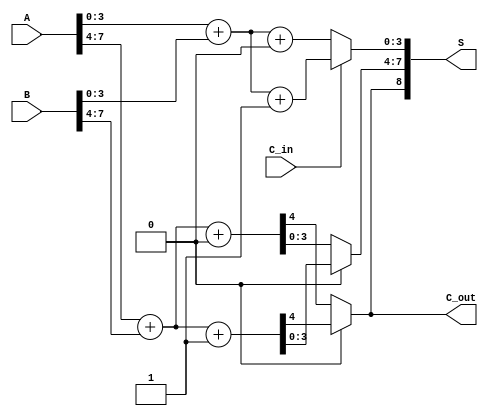
module carry_select_adder #(
    parameter N = 8  // Total bit width (should be a multiple of 4)
)(
    input  [N-1:0] A,      // First operand
    input  [N-1:0] B,      // Second operand
    input  C_in,           // Carry input
    output [N:0] S,        // Sum output (N+1 bits)
    output C_out           // Carry output
);

    localparam K = 4;      // Size of each segment (4 bits)
    localparam M = N / K;  // Number of segments

    wire [K-1:0] S0 [0:M-1]; // Sums for C_in = 0
    wire [K-1:0] S1 [0:M-1]; // Sums for C_in = 1
    wire C0 [0:M-1];         // Carry outputs for C_in = 0
    wire C1 [0:M-1];         // Carry outputs for C_in = 1
    wire C_prev [0:M-1];     // Carry from previous segment

    // Generate sum and carry for each segment
    genvar i;
    generate
        for (i = 0; i < M; i = i + 1) begin : CSA_segment
            wire [K-1:0] A_seg = A[(i*K) +: K];
            wire [K-1:0] B_seg = B[(i*K) +: K];
            wire carry_in = (i == 0) ? C_in : C_prev[i-1];

            // Compute sums and carries for C_in = 0
            assign {C0[i], S0[i]} = A_seg + B_seg + 1'b0;

            // Compute sums and carries for C_in = 1
            assign {C1[i], S1[i]} = A_seg + B_seg + 1'b1;

            // Select sums and carries based on previous carry
            assign C_prev[i] = (i == M-1) ? (carry_in ? C1[i] : C0[i]) : C_prev[i];
            assign S[(i*K) +: K] = (carry_in ? S1[i] : S0[i]);
        end
    endgenerate

    // Final carry out
    assign C_out = C_prev[M-1];
    assign S[N] = C_out; // Carry out at the MSB

endmodule